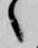
々